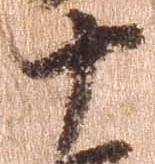
十